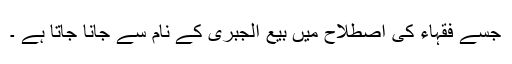
جسے فقہاء کی اصطلاح میں بیع الجبری کے نام سے جانا جاتا ہے ۔